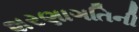
શરણાગતિની